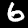
Digit: 6